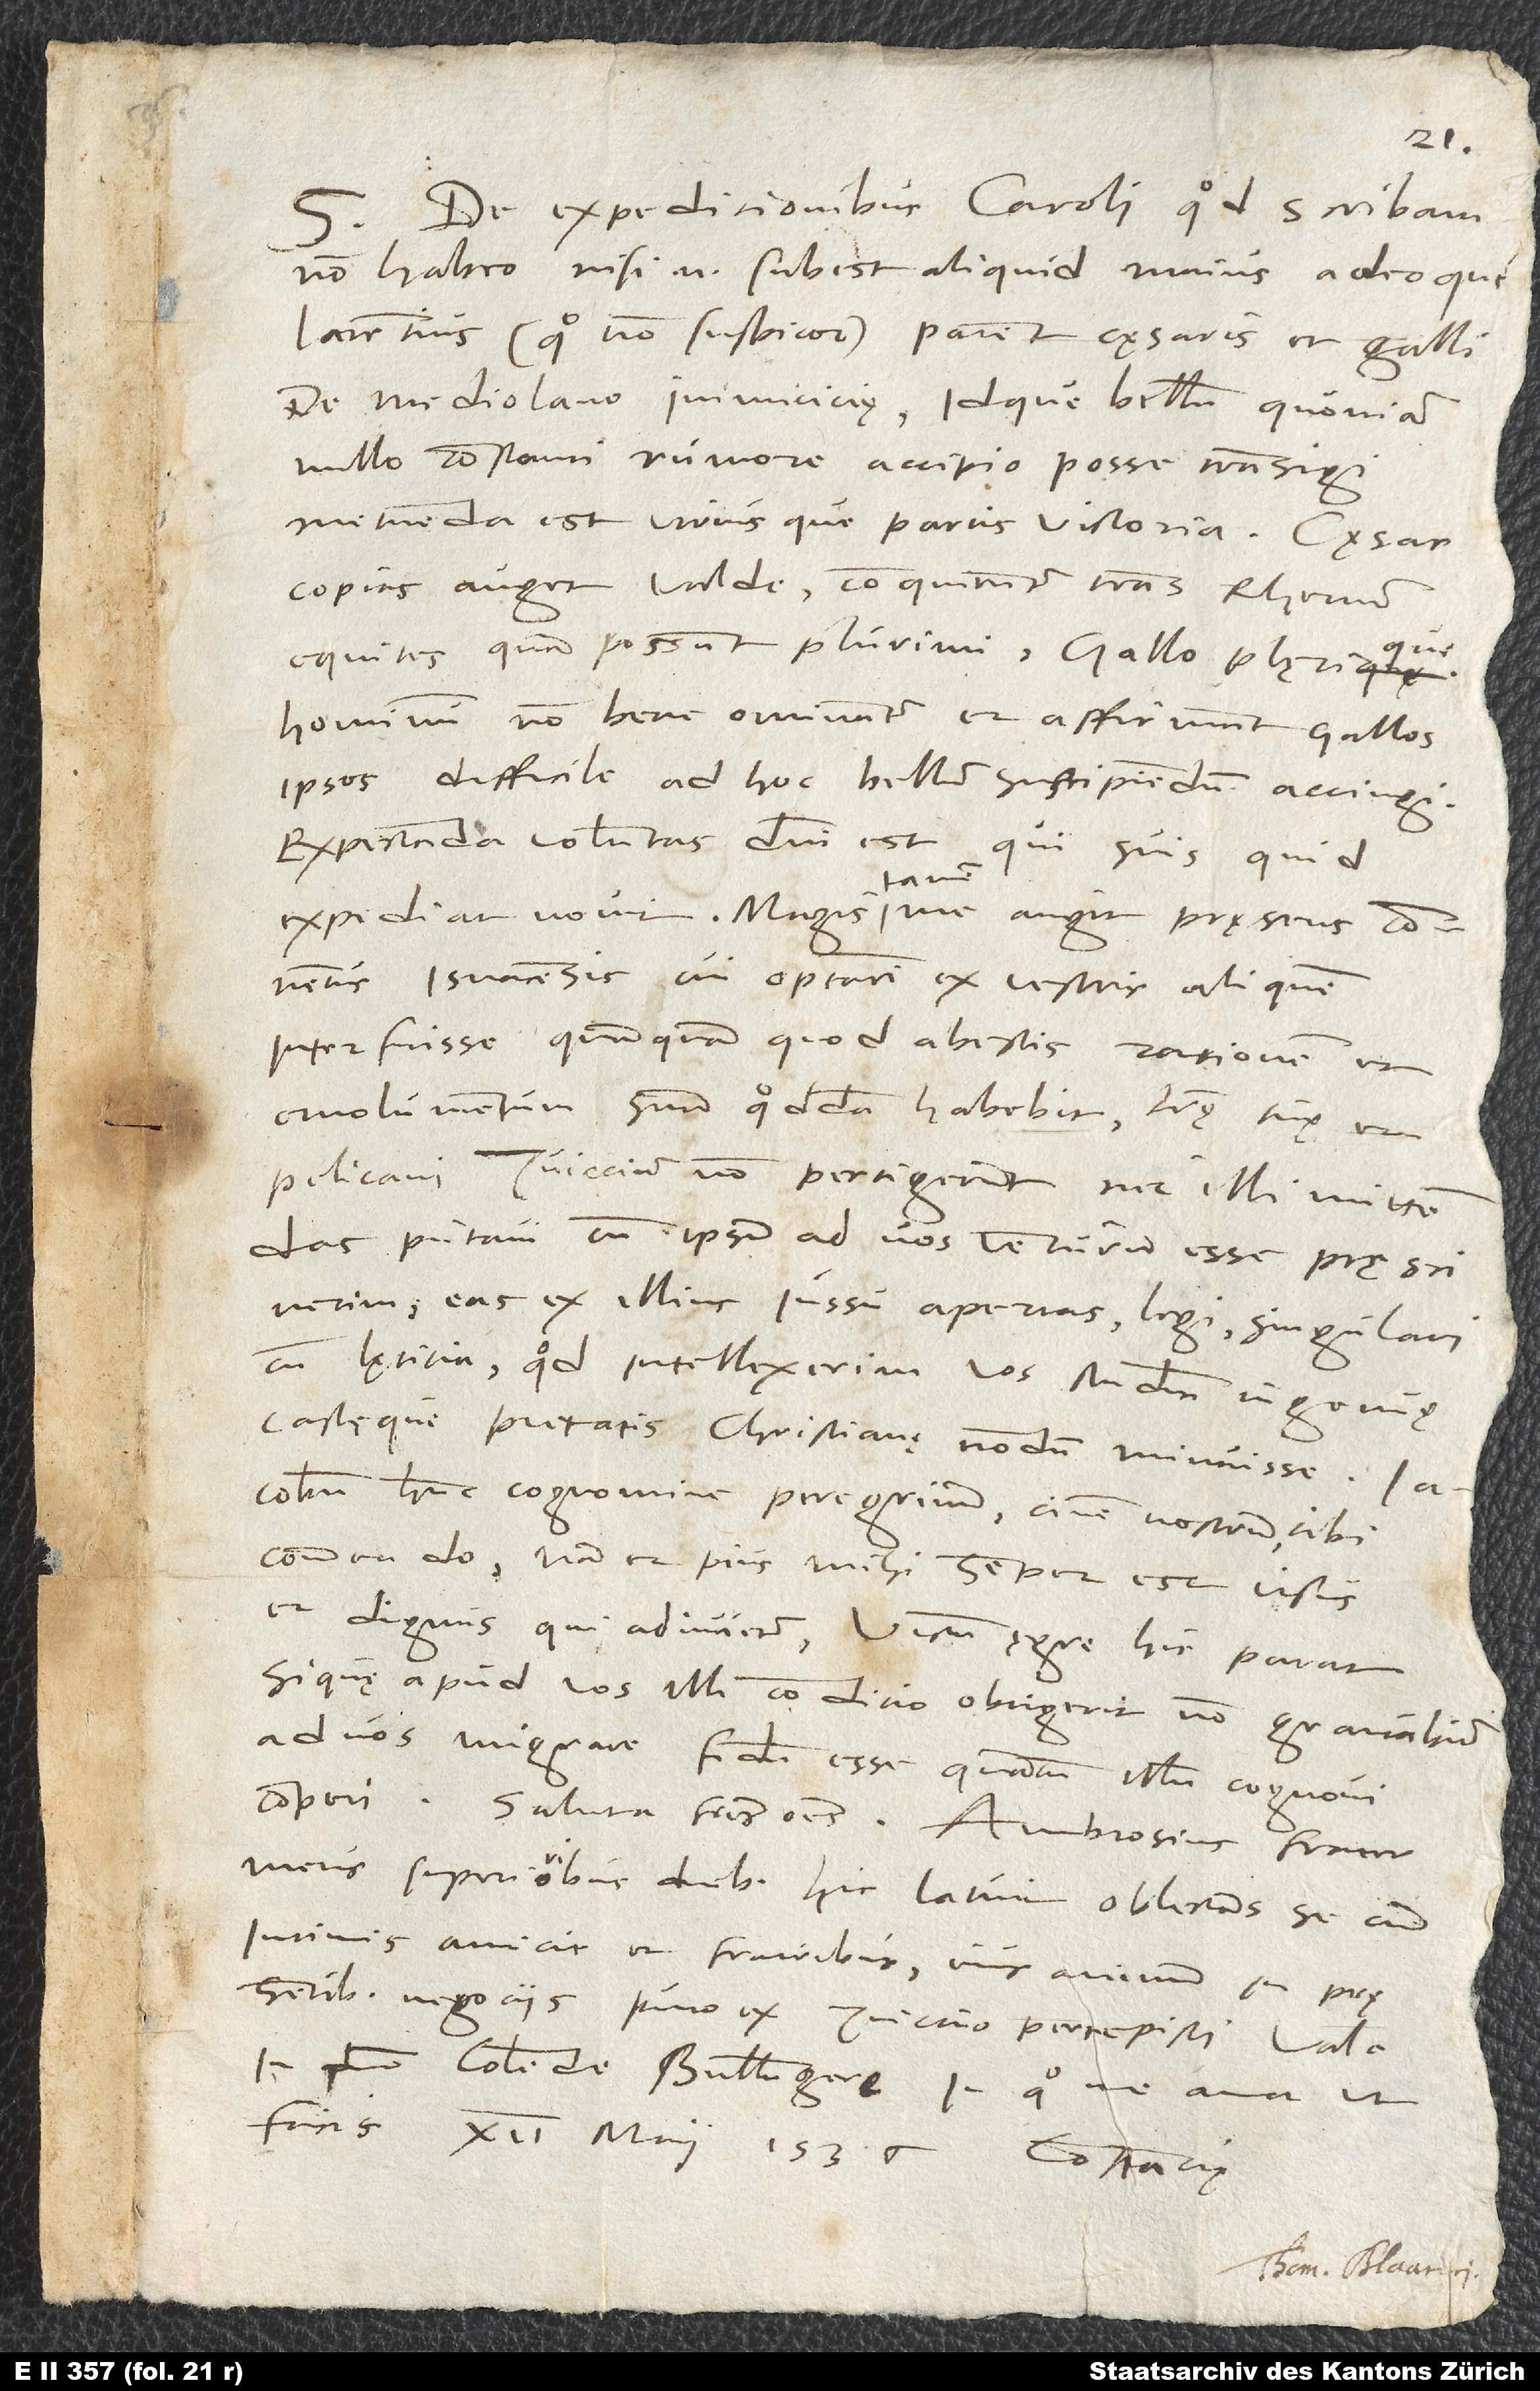
S. De expeditionibus Caroli quod scribam,
non habeo. Nisi enim subest aliquid maius adeoque
latentius (quo non suspicor), patent cęsaris et Galli
de Mediolano inimiciciae, idque bellum quoniam
nullo constanti rumore accipio posse transigi,
metuenda est utriusque partis victoria. Caesar
copias auget valde. Conquiruntur trans Rhenum
equites quam possunt plurimi. Gallo plęrique
hominum non bene ominantur et affirmant Gallos
ipsos difficile ad hoc bellum suscipiendum accingi.
Expectanda voluntas domini est, qui, suis quid
expediat, novit. Magis tamen me angit pręsens conventus
Isnacensis, cui optarim ex vestris aliquem
interfuisse, quanquam, quod abestis, rationem et
emolumentum suum quoddam habebit. Litere tue et
Pelicani Zviccium non pertigerunt nec illi mittendas
putavi, cum ipsum ad vos venturum esse pręsciverim.
Eas ex illius iussu apertas legi singulari
cum lęticia, quod intellexerim vos studium ingenuę
castęque pietatis christianę nondum minuisse. Iacobum
hunc cognomine Peregrinum, civem nostrum, tibi
commendo; nam et pius mihi semper est visus
et dignus, qui adiuvetur. Victum ęgre hic parat.
Si quę apud vos illi condicio obtigerit, non gravabitur
ad vos migrare. Fidum esse, quantum illum cognovi,
comperi. Saluta fratres omnes. Ambrosius, frater
meus, superioribus diebus hic latuit obiectans se cum
intimis amicis et fratribus, cuius animum in
pręsentibus negociis, puto, ex Zviccio percepisti. Vale
in domino, colende Bullingere; in quo me ama, ut
facis. 12. maii 1536. Constancie.